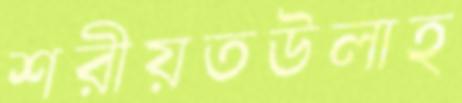
শরীয়তউলাহ